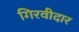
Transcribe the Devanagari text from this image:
गिरवीदार